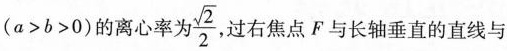
(a>b>0)的离心率为 \frac{\sqrt{2}}{2} 过右焦点F与长轴垂直的直线与